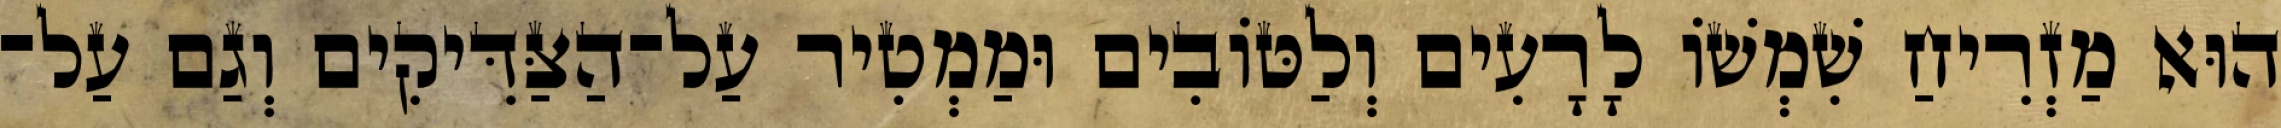
הוּא מַזְרִיחַ שִׁמְשׁוֹ לָרָעִים וְלַטּוֹבִים וּמַמְטִיר עַל־הַצַּדִּיקִים וְגַם עַל־